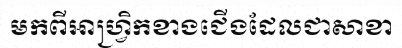
មកពីអាហ្វ្រិកខាងជើងដែលជាសាខា